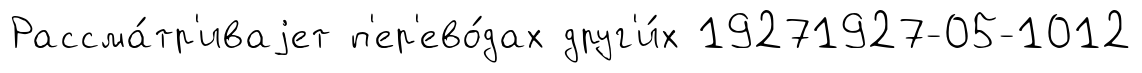
Рассма́тр'иваjет п'ер'ево́дах друг'и́х 19271927-05-1012